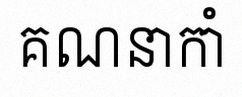
គណនាកាំ